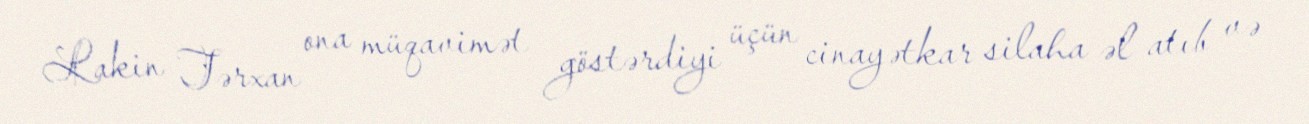
Lakin Tərxan ona müqavimət göstərdiyi üçün cinayətkar silaha əl atıb və